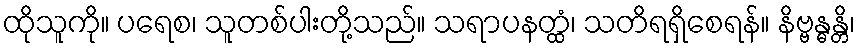
ထိုသူကို။ ပရေစ၊ သူတစ်ပါးတို့သည်။ သရာပနတ္ထံ၊ သတိရရှိစေရန်။ နိဗ္ဗန္ဓန္တိ၊